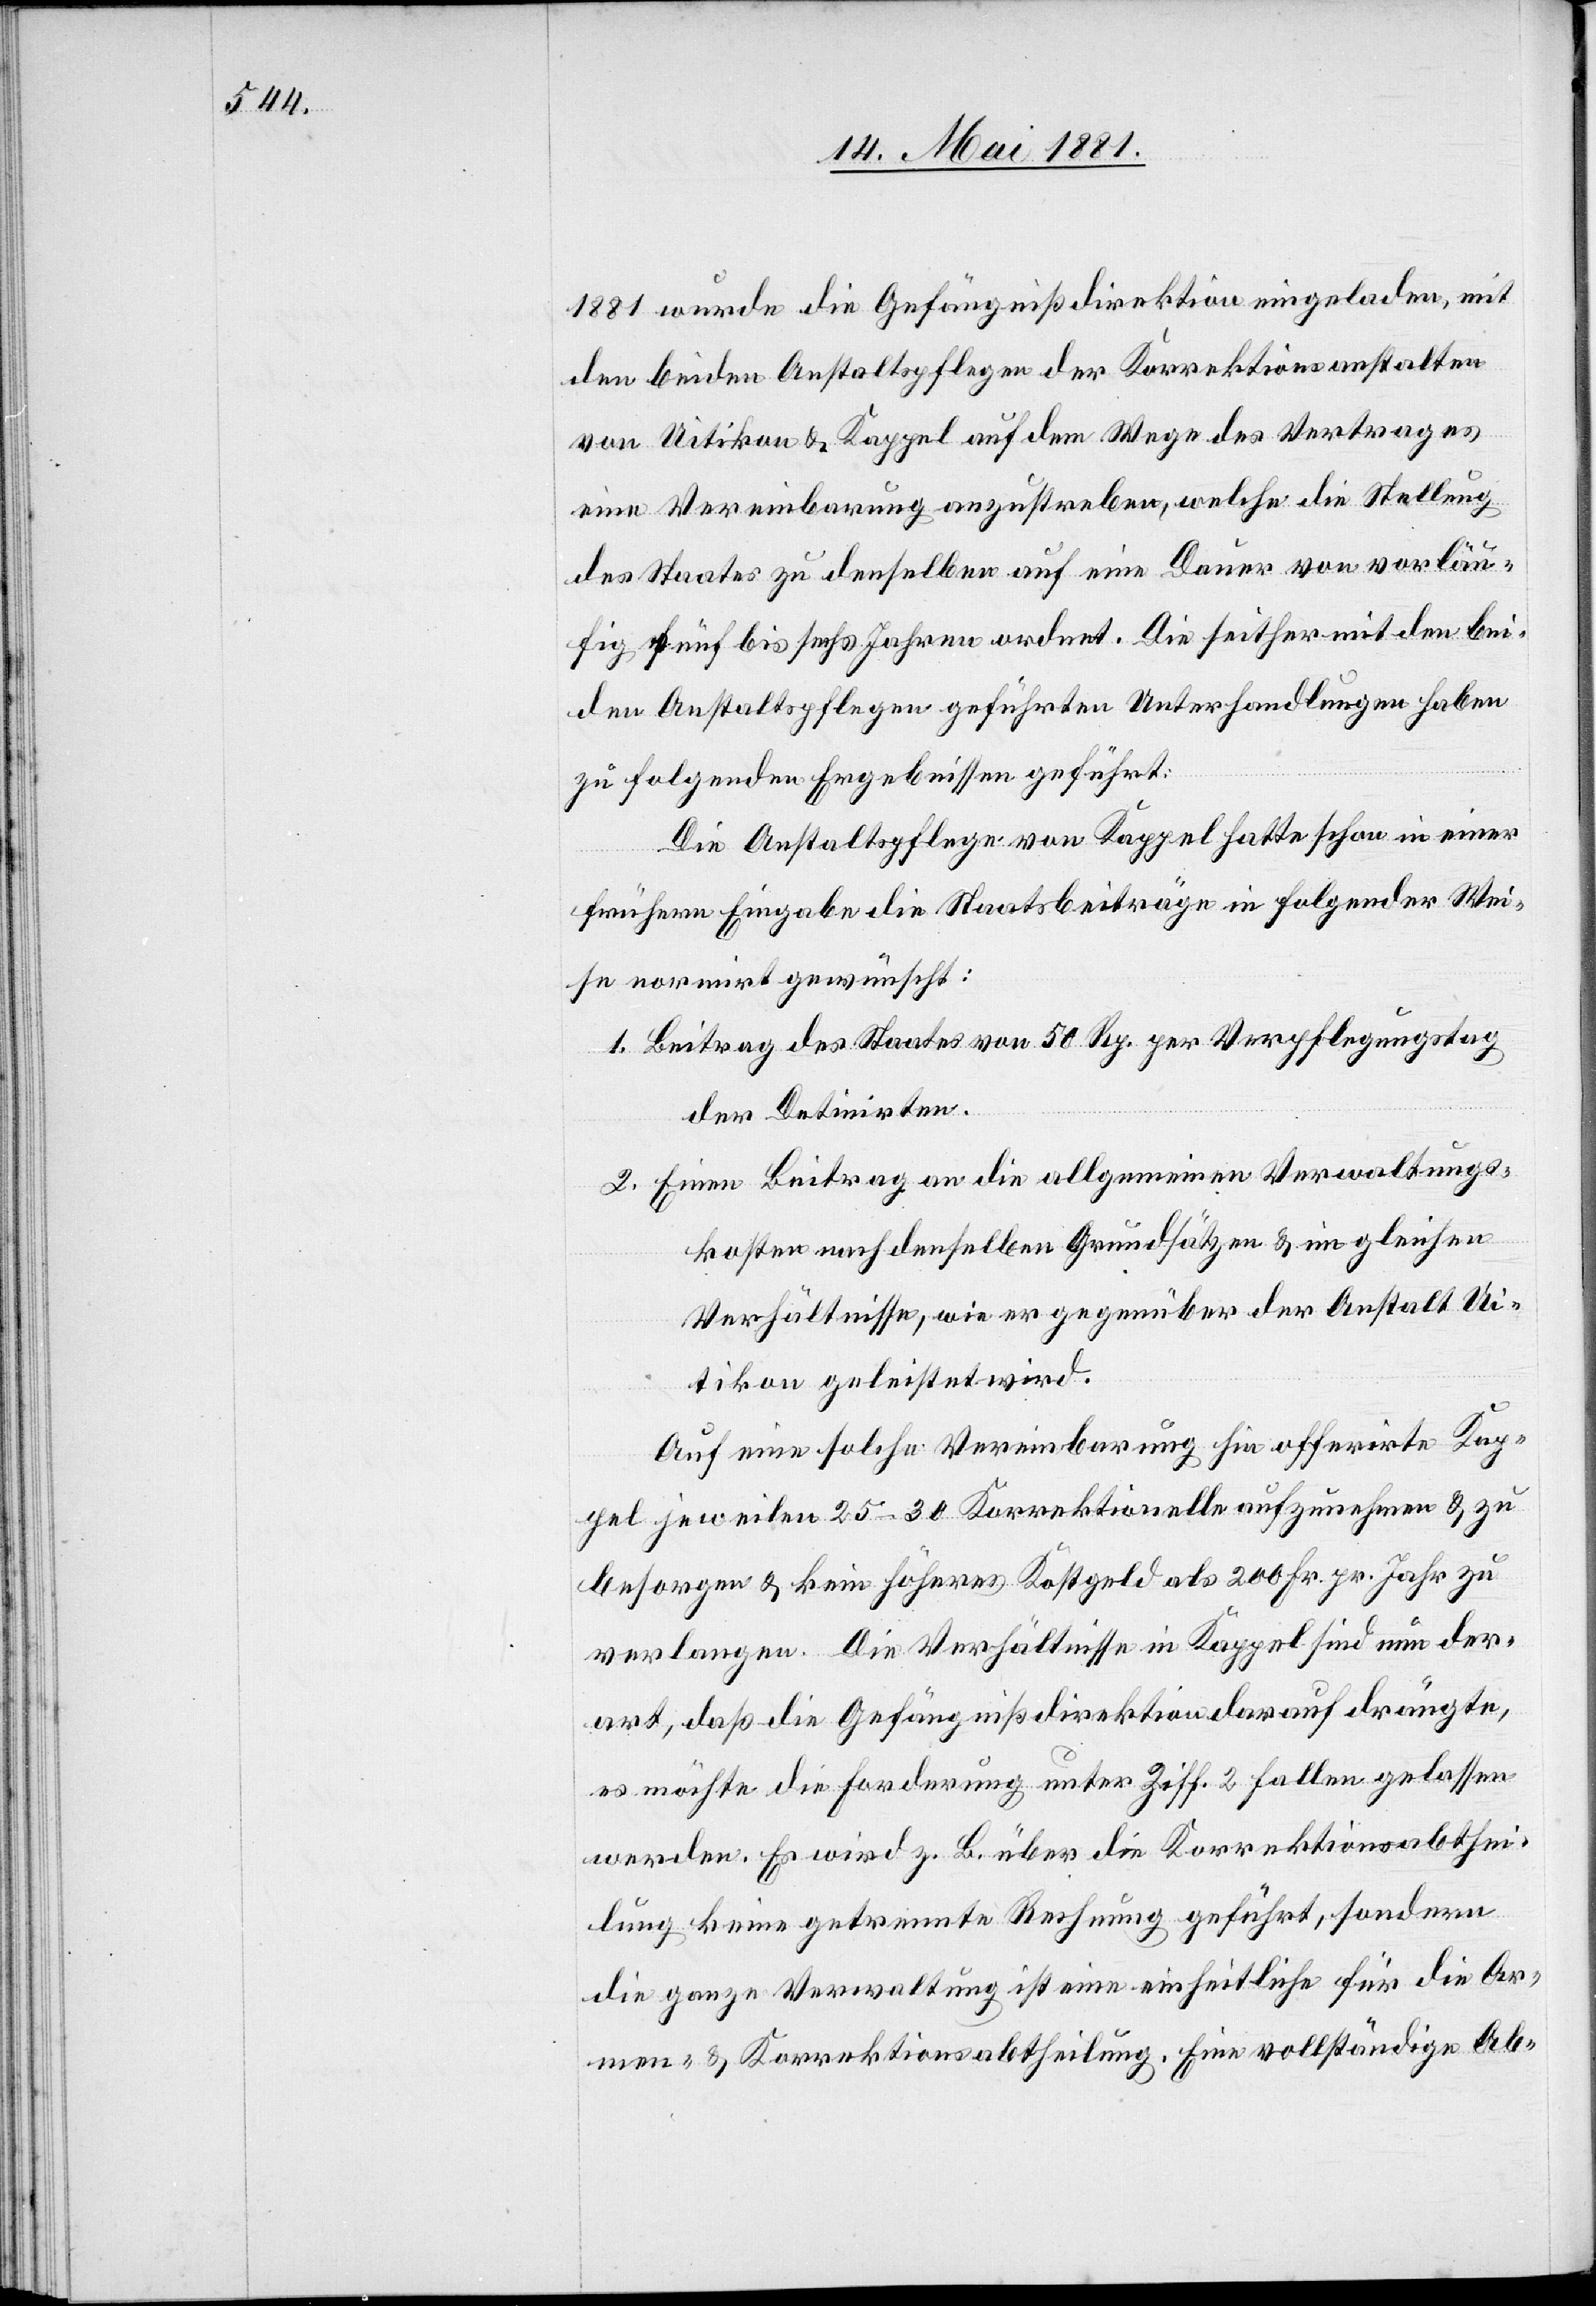
1881 wurde die Gefängnisdirektion eingeladen, mit
den beiden Anstaltspflegen der Korrektionsanstalten
von Uitikon & Kappel auf dem Wege des Vertrages
eine Vereinbarung anzustreben, welche die Stellung
des Staates zu denselben auf eine Dauer von vorläu¬
fig fünf bis sechs Jahren ordnet. Die seither mit den bei¬
den Anstaltspflegen geführten Unterhandlungen haben
zu folgenden Ergebnissen geführt:
Die Anstaltspflege von Kappel hatte schon in einer
frühern Eingabe die Staatsbeiträge in folgender Wei¬
se normirt gewünscht:
1. Beitrag des Staates von 50 Rp. per Verpflegungstag
der Detinirten.
2. Einen Beitrag an die allgemeinen Verwaltungs¬
kosten nach denselben Grundsätzen & im gleichen
Verhältnisse, wie er gegenüber der Anstalt Ui¬
tikon geleistet wird.
Auf eine solche Vereinbarung hin offerirte Kap¬
pel jeweilen 25–30 Korrektionelle aufzunehmen & zu
besorgen & kein höheres Kostgeld als 200 Fr. pr. Jahr zu
verlangen. Die Verhältnisse in Kappel sind nun der¬
art, daß die Gefängnißdirektion darauf drängte,
es möchte die Forderung unter Ziff. 2 fallen gelassen
werden. Es wird z. B. über die Korrektionsabthei¬
lung keine getrennte Rechnung geführt, sondern
die ganze Verwaltung ist eine einheitliche für die Ar¬
men- & Korrektionsabtheilung. Eine vollständige Ab-